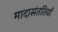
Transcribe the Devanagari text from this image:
मादासंततियाँ